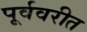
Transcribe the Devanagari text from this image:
पूर्ववरीत